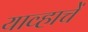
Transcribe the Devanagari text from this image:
याव्हाचें